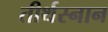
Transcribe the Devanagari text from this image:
तीर्थस्नान